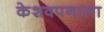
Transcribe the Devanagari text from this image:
केशवपनाला